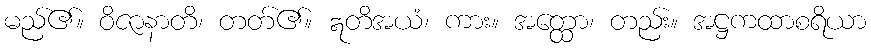
မည်၏။ ဝိဇာနာတိ၊ တတ်၏။ ဣတိအယံ၊ ကား။ အတ္ထော၊ တည်း။ အဋ္ဌကထာစရိယာ